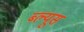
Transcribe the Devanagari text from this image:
ब्ल्यूस